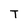
Character: T